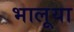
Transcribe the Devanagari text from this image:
भालूया